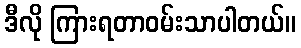
ဒီလို ကြားရတာဝမ်းသာပါတယ်။